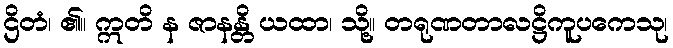
ဌိတံ၊ ၏။ ဣတိ န ဇာနန္တိ ယထာ၊ သို့။ တရုဏတာလဋ္ဌိကူပကေသု၊